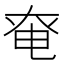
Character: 𡘤